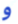
و